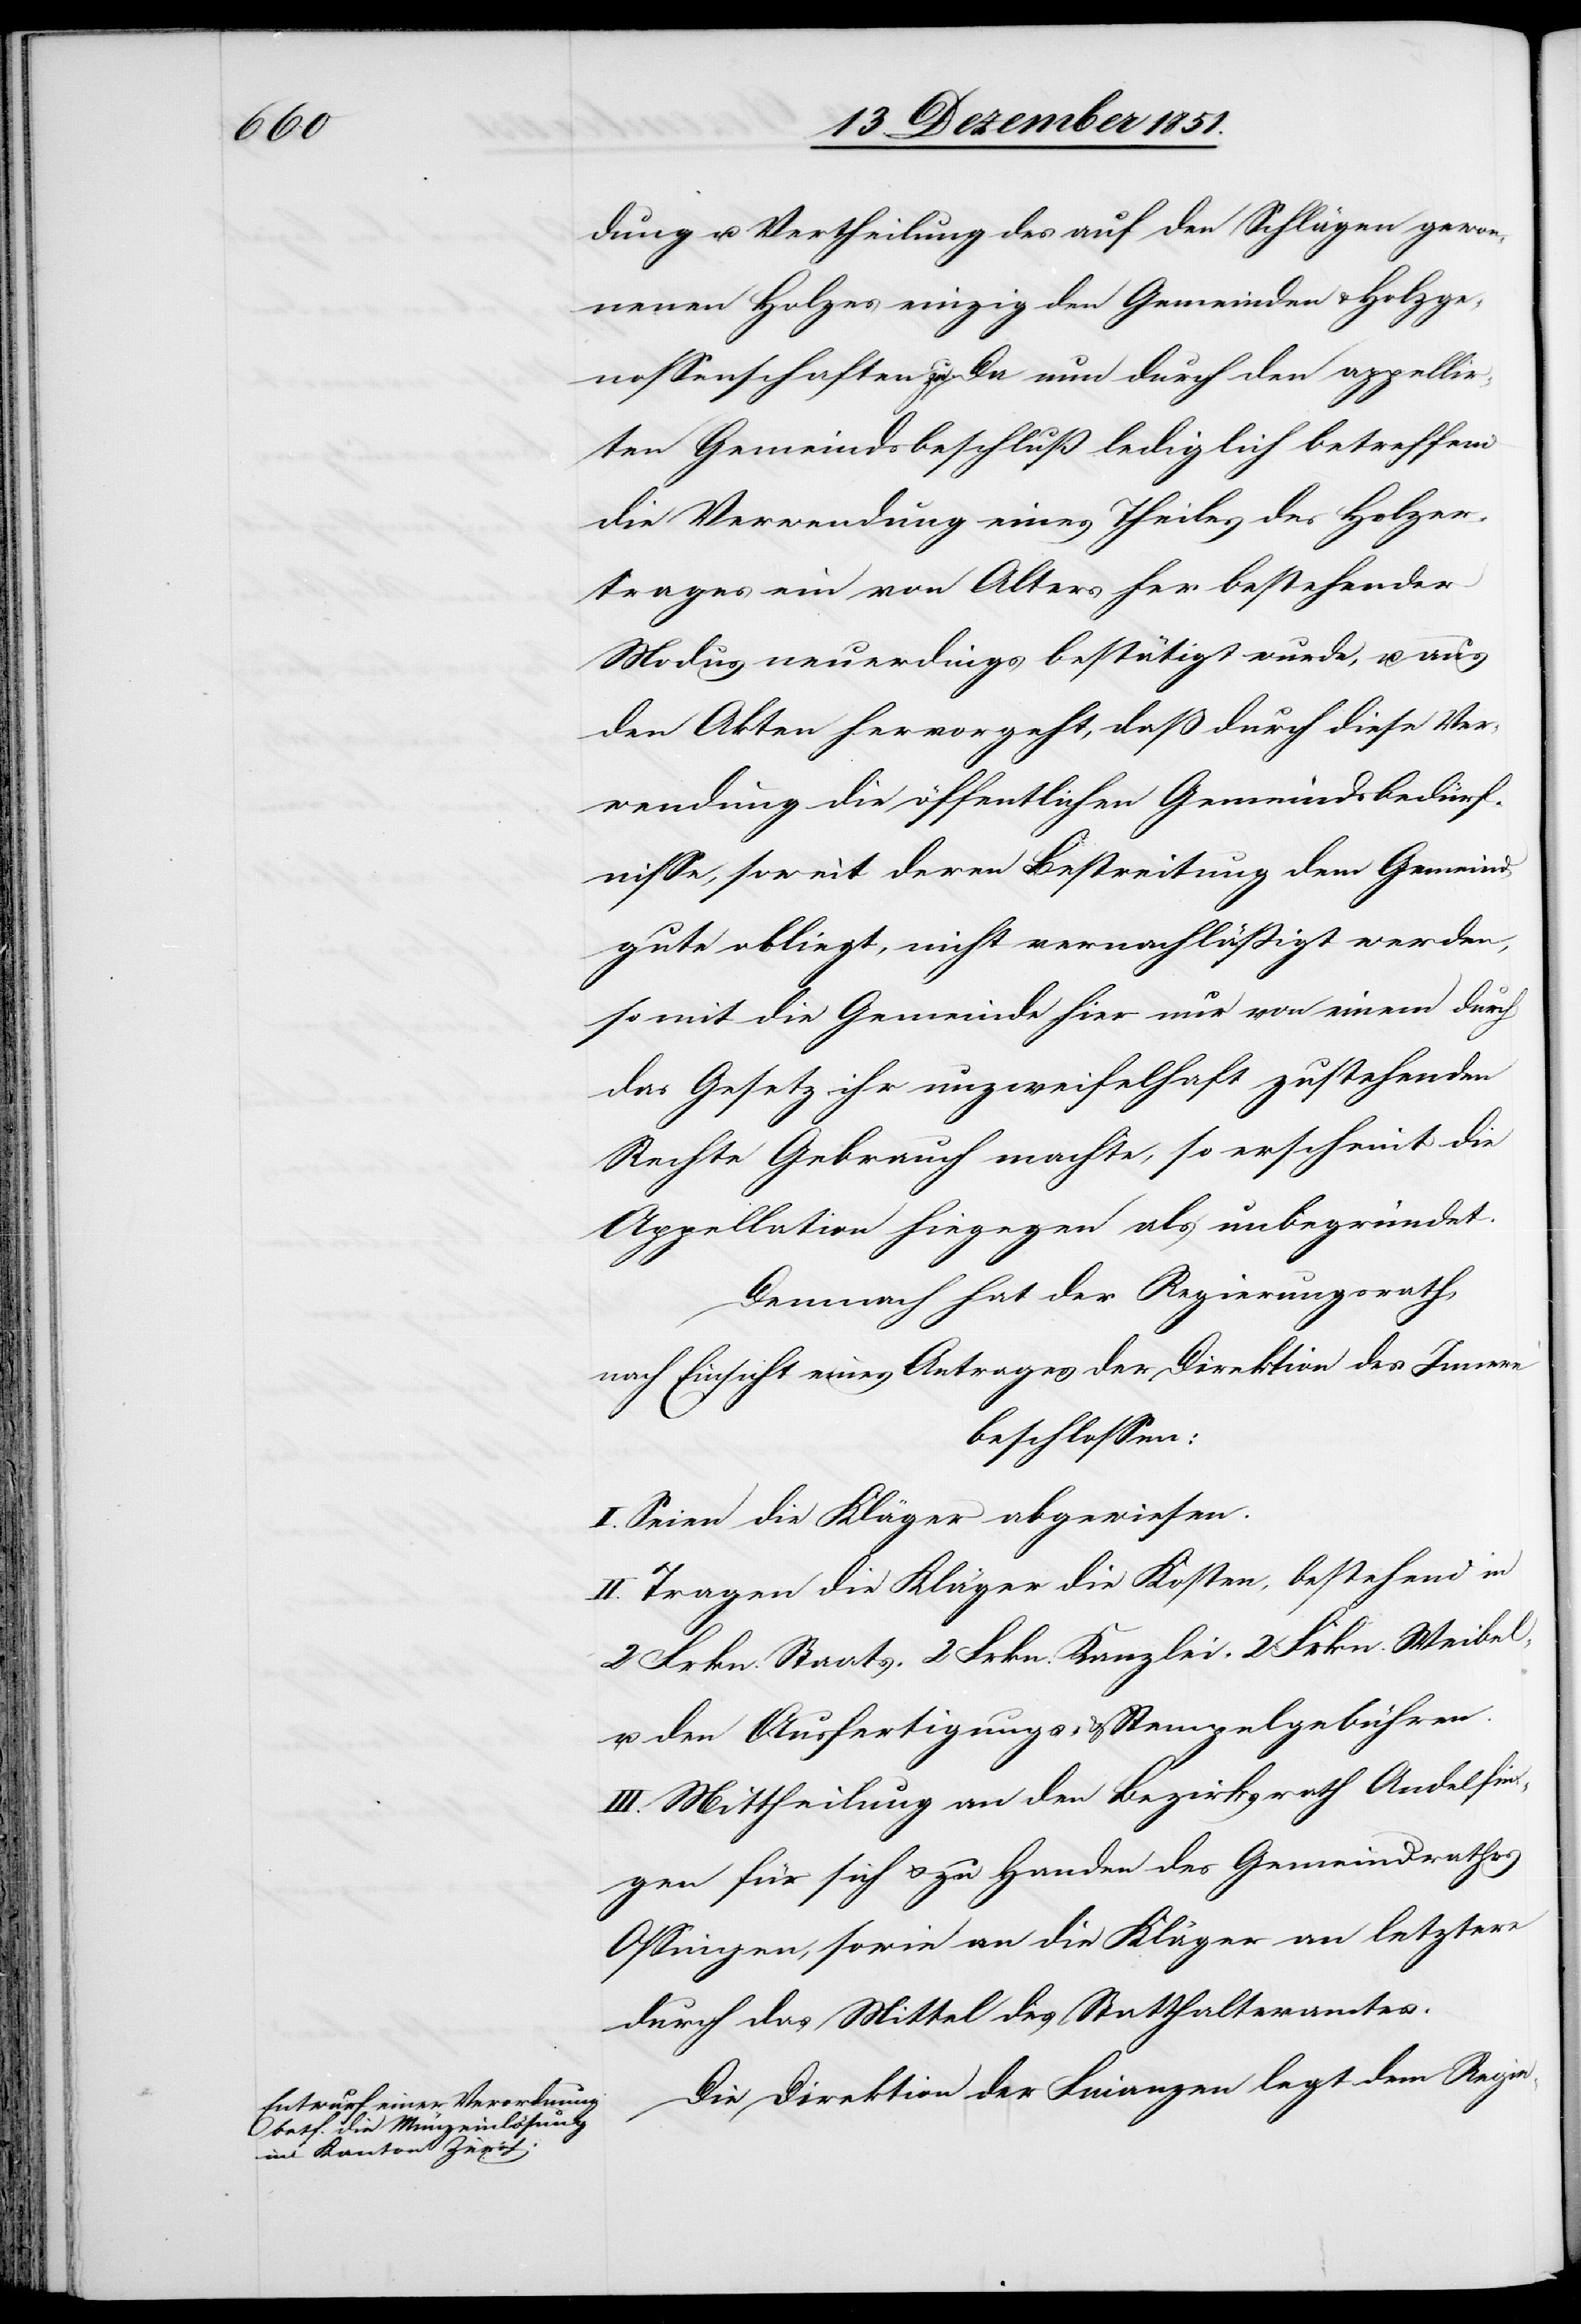
dung u. Vertheilung des auf den Schlägen gewon¬
nenen Holzes einzig den Gemeinden & Holzge¬
nossenschaften zu. Da nun durch den appellir¬
ten Gemeindsbeschluß lediglich betreffend
die Verwendung eines Theiles des Holzer¬
trages ein von Alters her bestehender
Modus neuerdings bestätigt wurde, u. aus
den Akten hervorgeht, daß durch diese Ver¬
wendung die öffentlichen Gemeindsbedürf¬
nisse, soweit deren Bestreitung dem Gemeind¬
gute obliegt, nicht vernachläßigt werden,
somit die Gemeinde hier nur von einem durch
das Gesetz ihr unzweifelhaft zustehenden
Rechte Gebrauch machte, so erscheint die
Appellation hiegegen als unbegründet.
Demnach hat der Regierungsrath,
nach Einsicht eines Antrages der Direktion des Innern
beschlossen:
I. Seien die Kläger abgewiesen.
II. Tragen die Kläger die Kosten, bestehend in
2 Frkn. Staats-[,] 2 Frkn. Kanzlei-[,] 2 Frkn. Weibel-
u. den Ausfertigungs- & Stempelgebühren.
III. Mittheilung an den Bezirksrath Andelfin¬
gen für sich & zu Handen des Gemeindrathes
Ossingen, sowie an die Kläger an letztere
durch das Mittel des Statthalteramtes.
Die Direktion der Finanzen legt dem Regie-